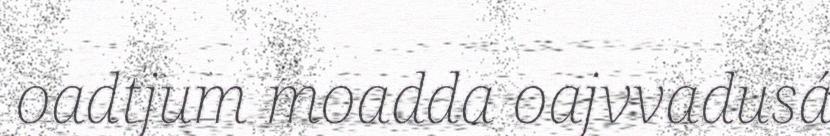
oadtjum moadda oajvvadusá